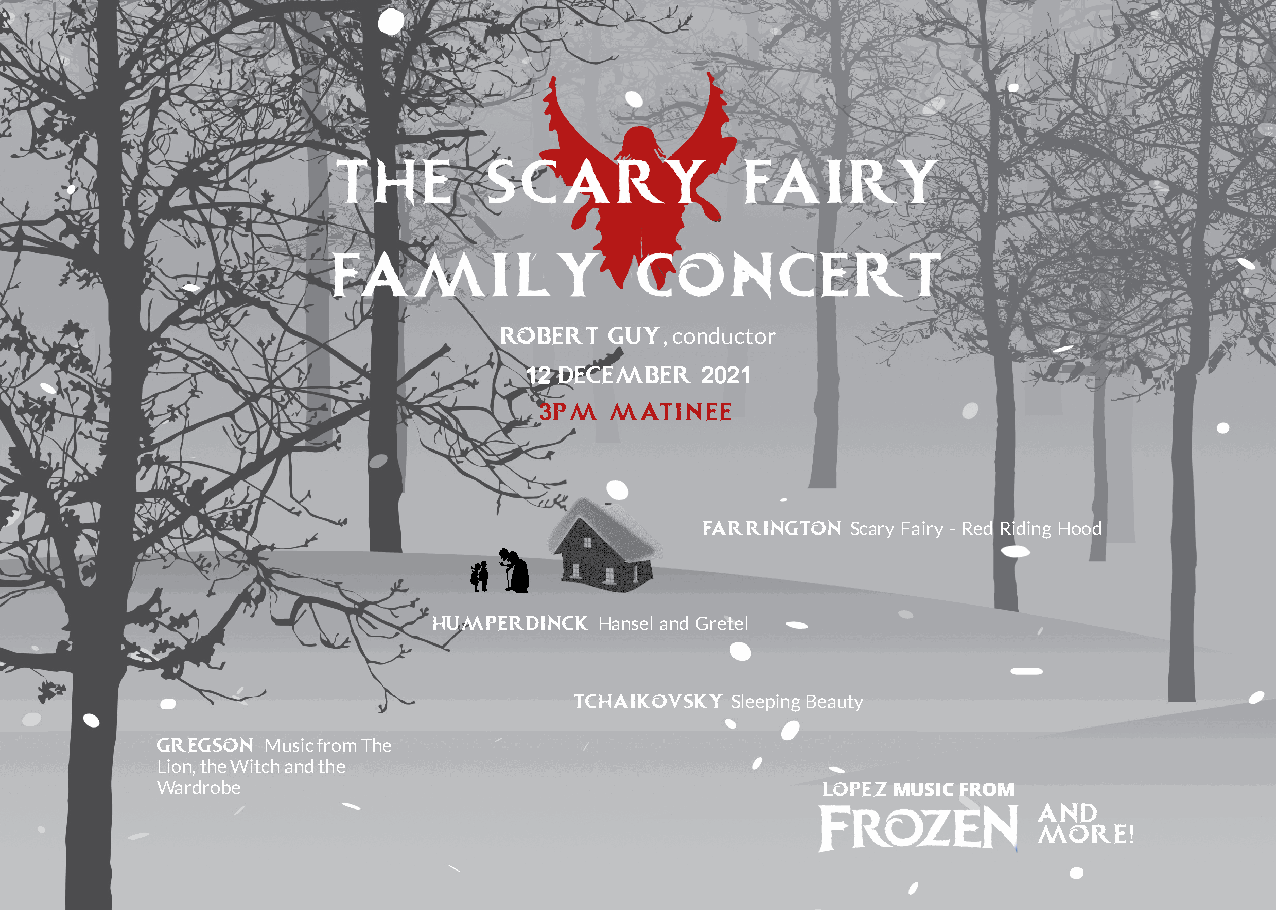
THE       SCARY            FAIRY
 ROBERT GUY,conductor
 12 DECEMBER 2021
 3PM MATINEE
 FARRINGTON ScaryFairy-RedRidingHood
 HUMPERDINCK HanselandGretel
 TCHAIKOVSKY SleepingBeauty
 GREGSON MusicfromThe
 Lion,theWitchandthe
 Wardrobe                                    LOPEZMUSICFROM
 AND
 MORE!